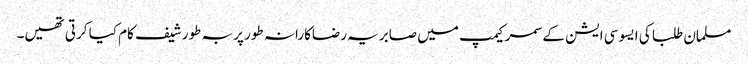
مسلمان طلبا کی ایسوسی ایشن کے سمر کیمپ میں صابریہ رضاکارانہ طور پر بہ طور شیف کام کیا کرتی تھیں۔